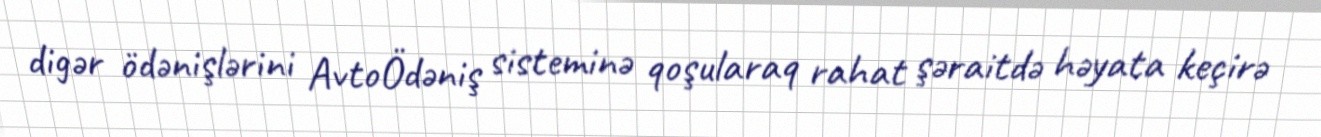
digər ödənişlərini AvtoÖdəniş sisteminə qoşularaq rahat şəraitdə həyata keçirə